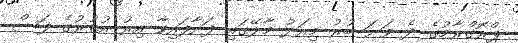
ޕްރޮގްރާމުގެ ދެ ވަނަ ބުރު މިއަދު މާލޭގައި ފަށާފައިވާ އިރު އުތުރުގެ ފަސް